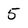
Character: 5